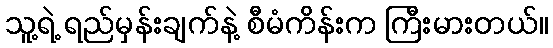
သူ့ရဲ့ ရည်မှန်းချက်နဲ့ စီမံကိန်းက ကြီးမားတယ်။